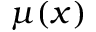
\mu ( x )